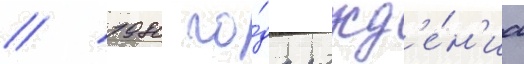
/ 1980 го́да рожд'е́н'иа